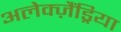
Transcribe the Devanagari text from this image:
अलेक्ज़ैंड्रिया